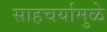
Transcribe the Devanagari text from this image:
साहचर्यामुळे